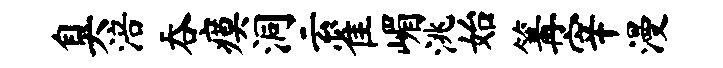
臭涪吞瘼洞云雀嵋洮始篝宰漫